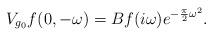
LaTeX: \begin{align*}V_{g_0} f(0, - \omega) = Bf(i \omega) e^{- \frac{\pi}{2} \omega^2}.\end{align*}